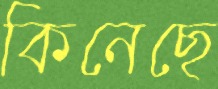
কিনেছে